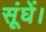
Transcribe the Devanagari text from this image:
सूंघें।